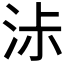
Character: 𰛧